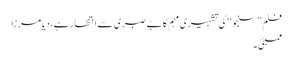
فلم ’’سنجو‘‘ کی تشہیری مہم کا بے صبری سے انتظار ہے، دیا مرزا
ممبئی ۔